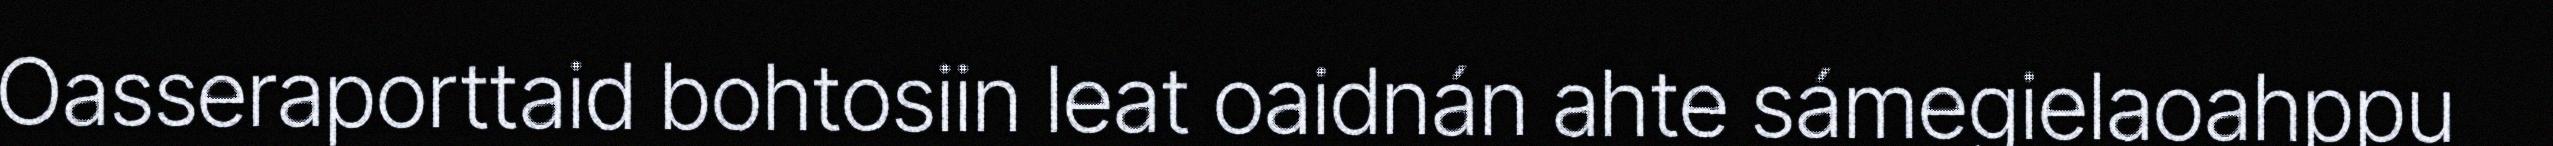
Oasseraporttaid bohtosiin leat oaidnán ahte sámegielaoahppu